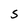
Character: S